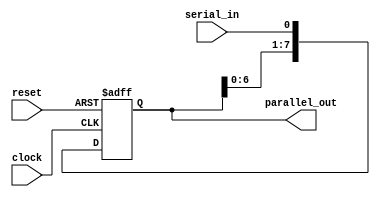
module SIPO_Shift_Register (
    input wire clock,          // Clock input
    input wire reset,          // Reset input
    input wire serial_in,     // Serial input
    output wire [7:0] parallel_out // Parallel output
);

reg [7:0] shift_register;

always @(posedge clock or posedge reset) begin
    if (reset) begin
        shift_register <= 8'b00000000; // Reset the shift register to all zeros
    end else begin
        // Shift the data in on the rising edge of the clock
        shift_register <= {shift_register[6:0], serial_in};
    end
end

assign parallel_out = shift_register;

endmodule